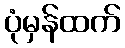
ပုံမှန်ထက်